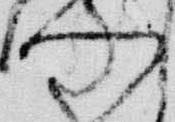
門